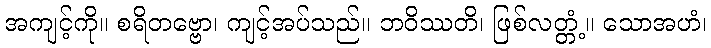
အကျင့်ကို။ စရိတဗ္ဗော၊ ကျင့်အပ်သည်။ ဘဝိဿတိ၊ ဖြစ်လတ္တံ့။ သောအဟံ၊